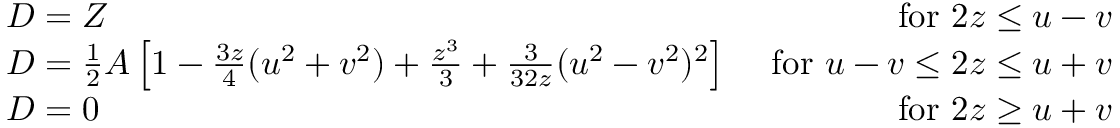
\begin{array} { l r } { { D = Z } } & { { \ \mathrm { f o r ~ } 2 z \leq u - v } } \\ { { D = \frac { 1 } { 2 } A \left[ 1 - \frac { 3 z } { 4 } ( u ^ { 2 } + v ^ { 2 } ) + \frac { z ^ { 3 } } { 3 } + \frac { 3 } { 3 2 z } ( u ^ { 2 } - v ^ { 2 } ) ^ { 2 } \right] } } & { { \ \mathrm { f o r ~ } u - v \leq 2 z \leq u + v } } \\ { { D = 0 } } & { { \ \mathrm { f o r ~ } 2 z \geq u + v } } \end{array}